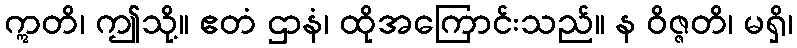
ဣတိ၊ ဤသို့။ ဧတံ ဌာနံ၊ ထိုအကြောင်းသည်။ န ဝိဇ္ဇတိ၊ မရှိ၊